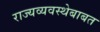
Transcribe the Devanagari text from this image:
राज्यव्यवस्थेबाबत